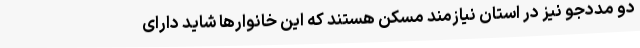
دو مددجو نیز در استان نیازمند مسکن هستند که این خانوارها شاید دارای